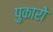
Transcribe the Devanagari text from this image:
पुकारो